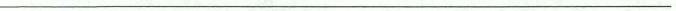
___